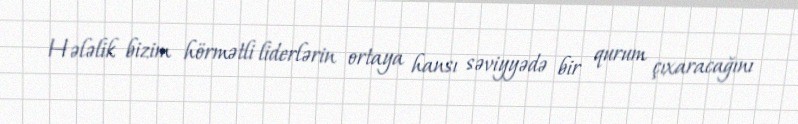
Hələlik bizim hörmətli liderlərin ortaya hansı səviyyədə bir qurum çıxaracağını